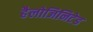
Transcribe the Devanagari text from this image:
हैलोजिनिटेड